Jaan_Tonisson_(Lasteleht), lk 539
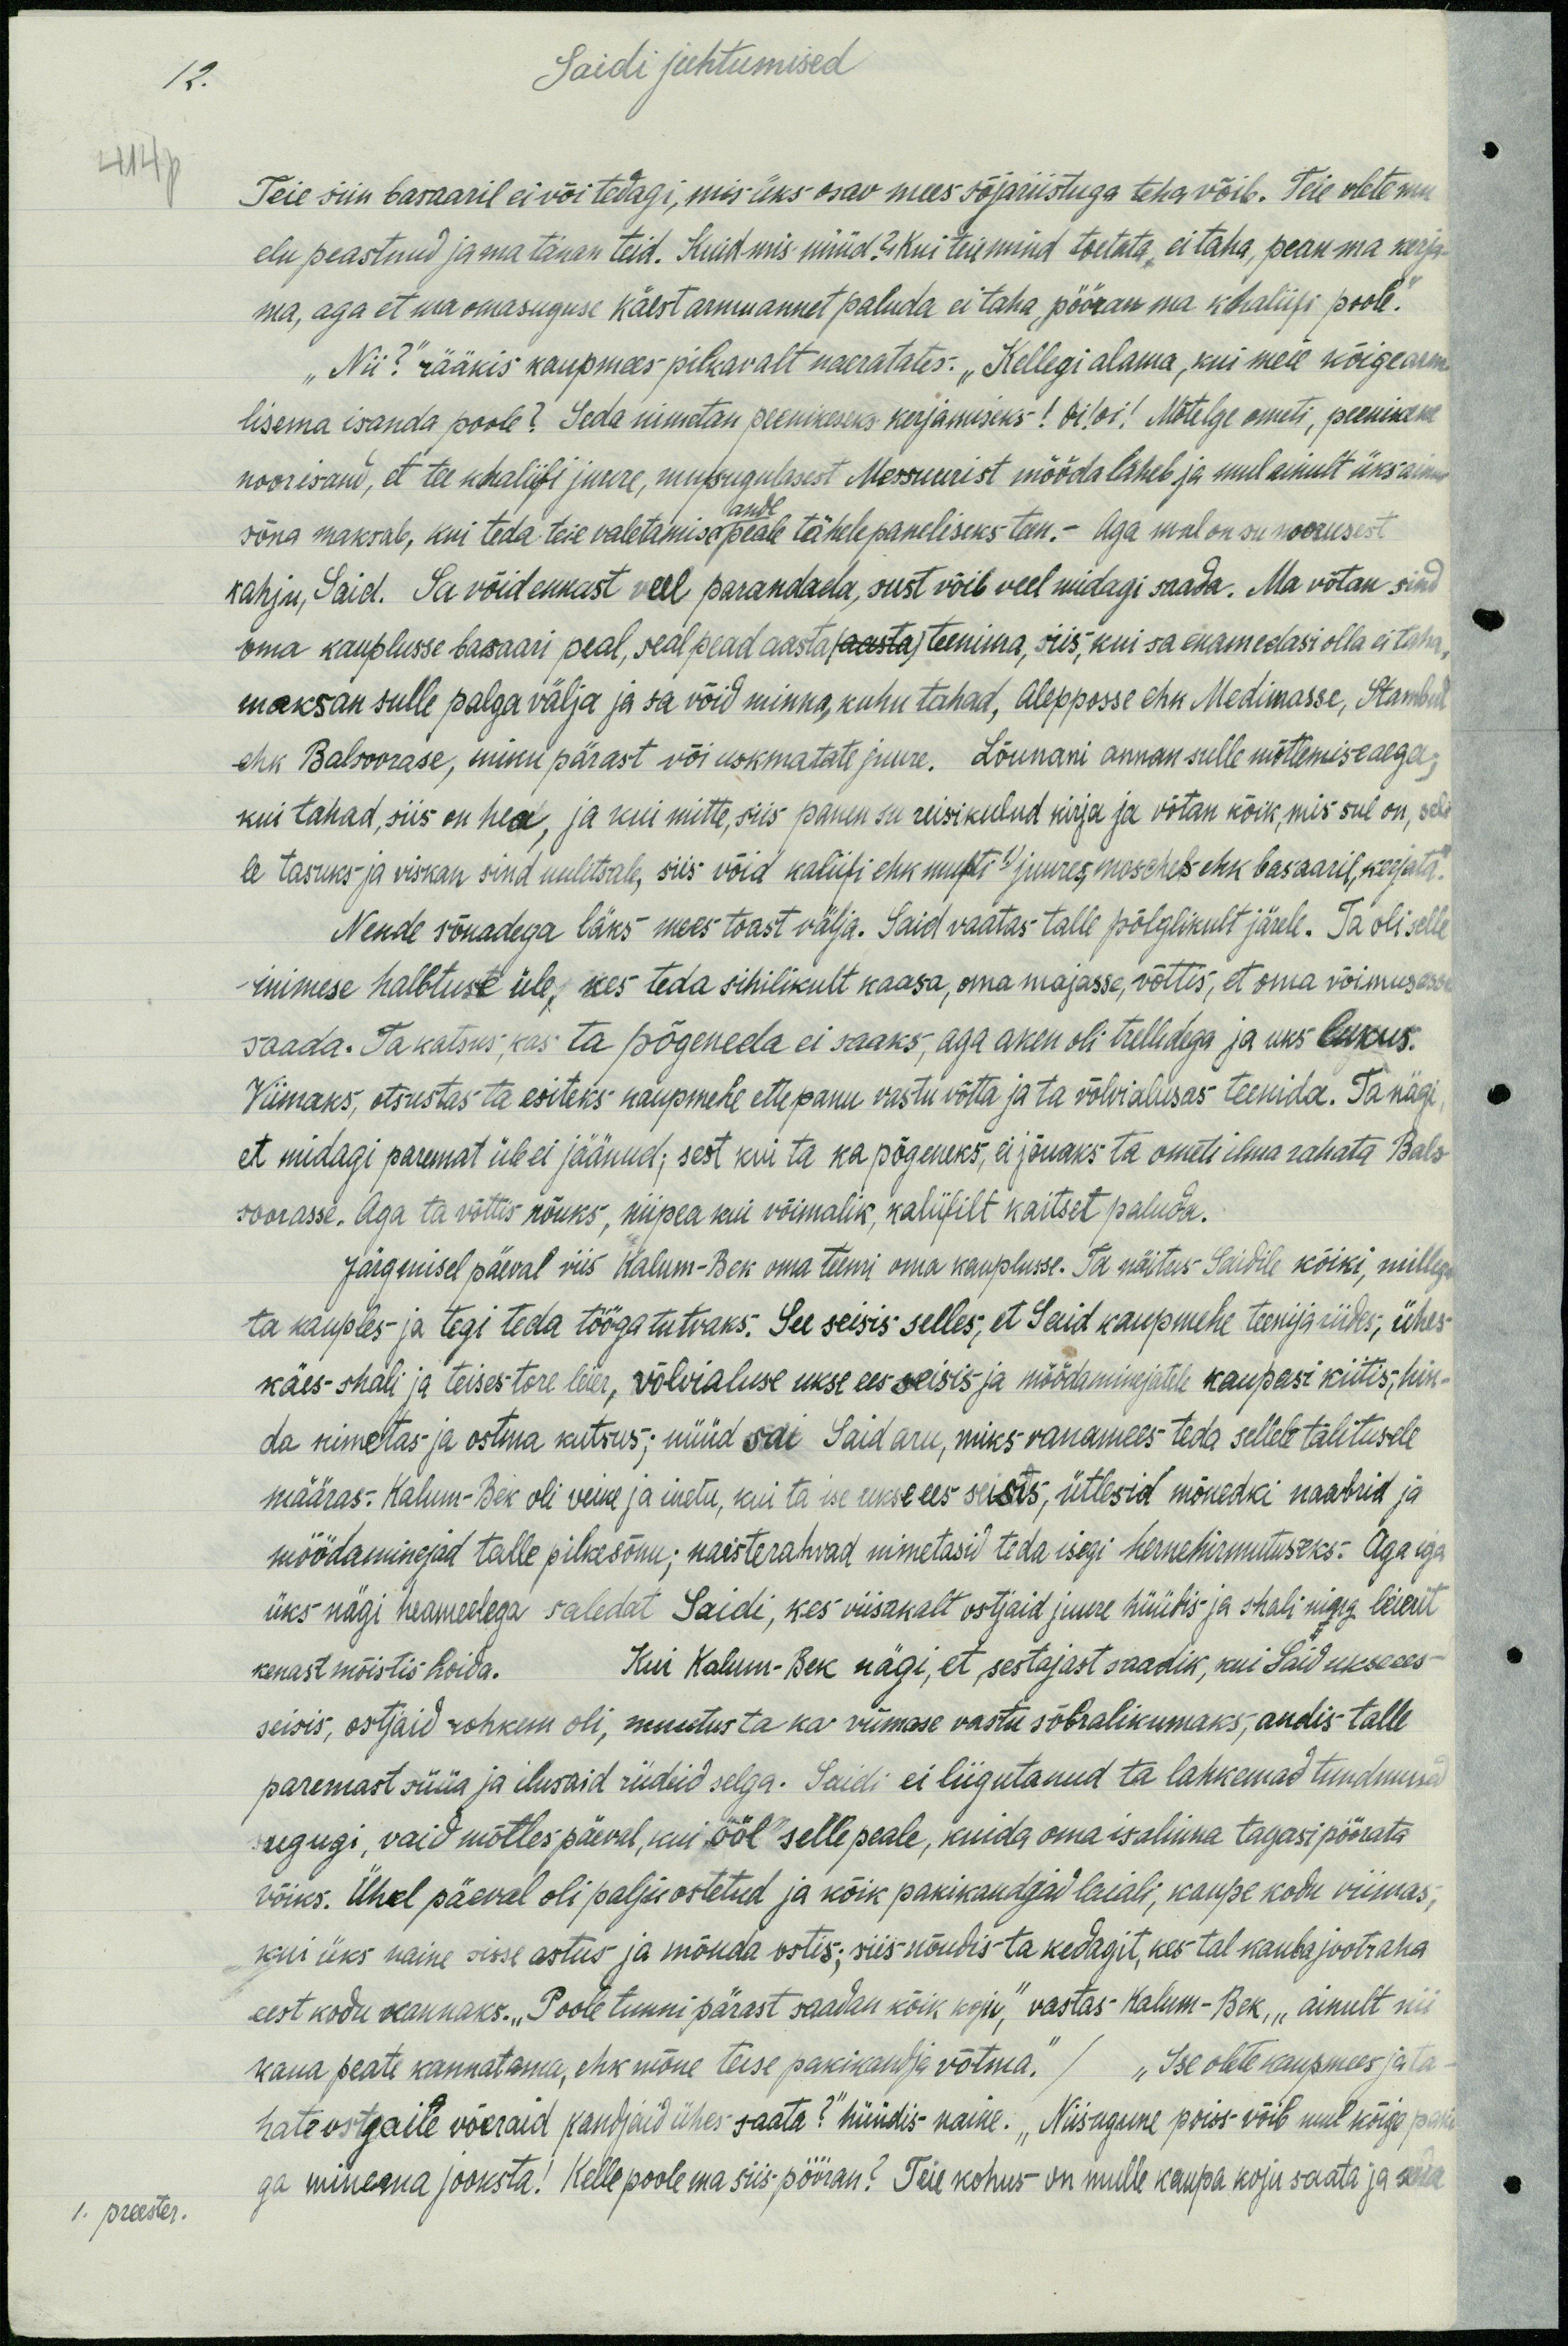
12.
Saidi juhtumised
414p
Teie siin basaaril ei või teeagi, mis üks osav mees sõjariistuga teha võib. Teie olete mu
elu, peastnud ja ma tänan teid. Kuid mis nüüd? Kui teie mind toetata, ei taha, pean ma kerja-
ma, aga et ma omasuguse käest armuannet paluda ei taha pööran ma khaliifi poole.
"Nii?" rääkis kaupmees pilkavalt naeratates. „Kellegi alama, kui meie kõigearmu
lisema isanda poole? Seda uimatan peenikeks karjamiseks! Oi! oi! Mõtelge ometi, peenikene
noorisand, et tee khaliifi juure, mu sugulast Messuurist mööda läheb ja mul ainult üksainus
sõna maksab, kui teda teie valetamise peale tähelepaneliseks teen.- Aga mul on su noorusest
ande
kahju, Said. Sa võid ennast veel parandada, sust võib veel midagi saada. Ma võtan sind
oma kauplusse basaari peal, seal pead aasta teenima, siis, kui sa enam edasi olla ei taha,
maksan sulle palga välja ja sa võid minna, kuhu tahad, Alepposse ehk Medinasse, Stambuli
ehk Balroorase, minu pärast või uskmatute juure. Lõunani annan sulle mõtlemisaega;
kui tahad, siis on hea, ja kui mitte, siia panen su reisikulud kirja ja võtan kõik, mis sul on, sel
le tasuks ja viskan sind uulitsale, siis võid kaliifi ehk mufti juures, mosches ehk basaaril, kerjata."
Nende sõnadega läks mees toast välja. Said vaatas talle põlglikult järele. Ta oli selle
inimese halbtuste üle, kes teda sihilikult kaasa, oma majasse, võttis, et oma võimusesse
saada. Ta katsus, kas ta põgeneda ei saaks, aga aken oli trellidega ja uks lukus.
Viimaks, otsustas ta esiteks kaupmehe ettepanu vastu võtta ja ta võlvialuses teenida. Ta nägi
et midagi paremat üle ei jäänud; sest kui ta ka põgeneks, ei jõuaks ta ometi ilma rahata Bals-
soorasse. Aga ta võttis nõuks, niipea kui võimalik, kaliifilt kaitset paluda.
Järgmisel päeval viis Kalum-Bok oma teenri oma kauplusse. Ta näitus Saidile kõiki, millega
ta kauples ja tegi teda tööga tuttavaks. See seisis selles, et Said kaupmehe teenija riides, ühes-
käes shali ja teises tore leier, võlvialuse ukse ees seisis ja möödaminejatele kaupasi kiitis, hin-
da nimetas ja ostma kutsus; nüüd sai Said aru, miks vanamees teda sellele talitusele
määras: Kalum-Bek oli veike ja inetu, kui ta ise ukse ees seists, ütlesid mõnedki naabrid ja
möödaminejad talle pilkesõnu; naisterahvad nimetasid teda isegi hernehirmituseks. Aga iga
üks nägi heameelega saledat Saidi, kes viisakalt ostjaid juure hüüdis ja shali ning leierit
kenast mõistis hoida. Kui Kalum-Bek nägi, et sestajast saadik, kui Said ukse ees-
seisis, ostjaid rohkem oli, muutus ta ka viimase vastu sõbralikumaks, andis talle
paremast süüa ja ilusaid riideid selga. Saidi ei liigutanud ta lahkemad tundmused
sugugi, vaid mõtles päeval, kui ööl selle peale, kuida oma isalinna tagasipöörata
võiks. Ühel päeval oli palju ostetud ja kõik panikandjad laiali, kaupe kodu viimas,
kui üks naine sisse astus ja mõnda ostis; siis nõudis ta kedagit, kes tal kauba jootraha
eest kodu kannaks. "Poole tunni pärast saadan kõik koju", vastas Kalum- Bek, "ainult nii
kaua peate kannatama, ehk mõne teise pakikandja võtma." / "Ise olete kaupmees ja ta-
hate ostjaile võeraid kandjaid ühes saata?" hüüdis naine. „Niisugune poiss-võib mul kõige paki-
1. preester.
ga minema joosta! Kelle poole ma siis pööran? Teie kohus on mulle kaupa koju saata ja ma